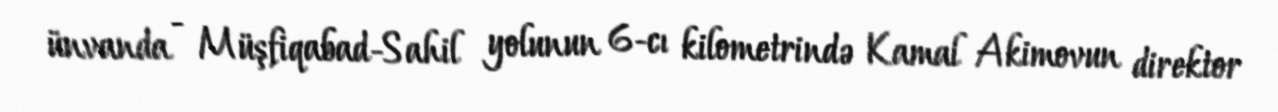
ünvanda - Müşfiqabad-Sahil yolunun 6-cı kilometrində Kamal Akimovun direktor